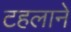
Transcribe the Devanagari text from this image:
टहलाने